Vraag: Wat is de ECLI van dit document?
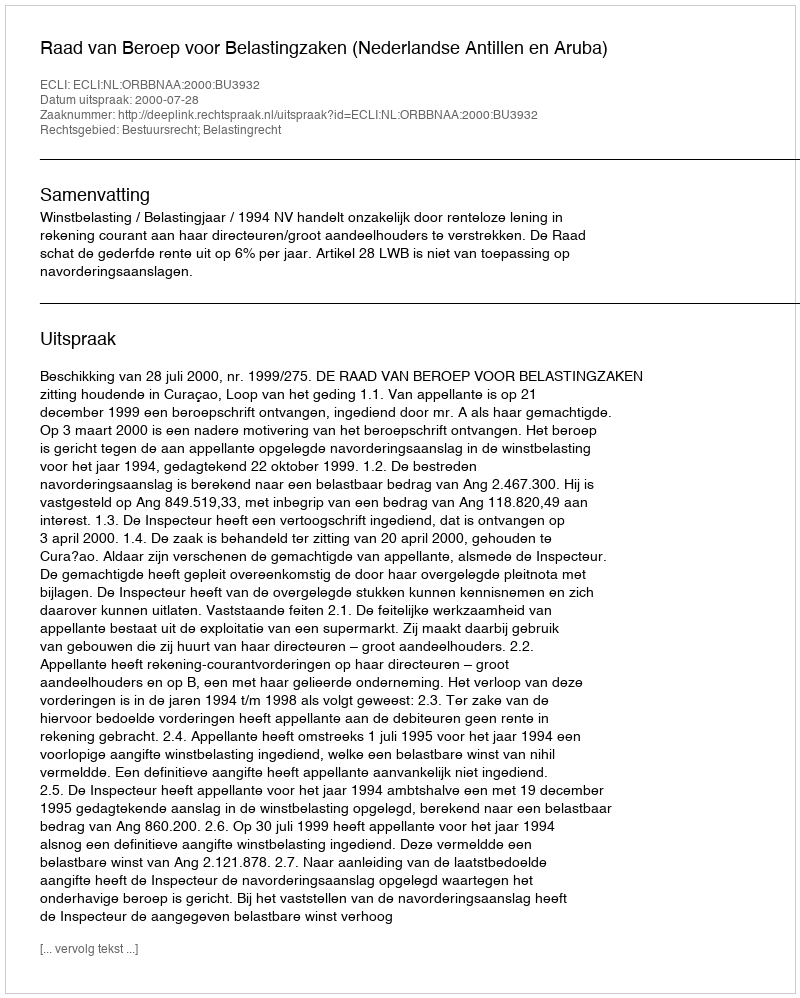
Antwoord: ECLI:NL:ORBBNAA:2000:BU3932